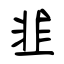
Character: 韯